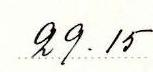
29.15